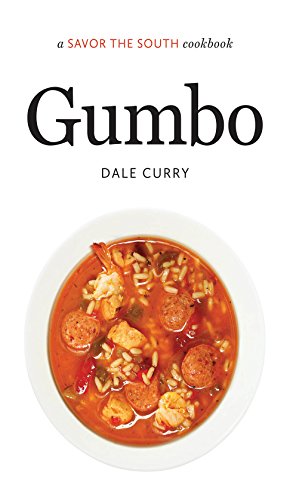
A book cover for Gumbo: a Savor the SouthÂ® cookbook (Savor the South Cookbooks); Dale Curry; Cookbooks, Food & Wine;